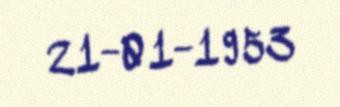
21-01-1953